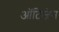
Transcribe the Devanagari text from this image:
ऑटिजेन